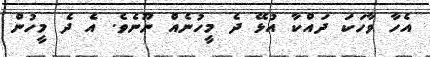
އެހާ ވާހަކަ ދައްކާ އުޅޭ ދެ މީހުނެއް ނޫނެވެ. އެ ދެ މީހުން